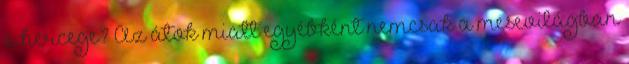
a hercege? Az átok miatt egyébként nemcsak a mesevilágban